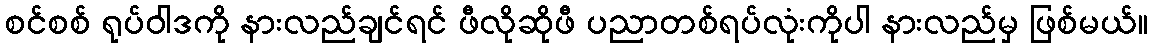
စင်စစ် ရုပ်ဝါဒကို နားလည်ချင်ရင် ဖီလိုဆိုဖီ ပညာတစ်ရပ်လုံးကိုပါ နားလည်မှ ဖြစ်မယ်။